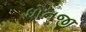
ધોનજી